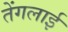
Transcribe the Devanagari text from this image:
तेंगलाई